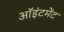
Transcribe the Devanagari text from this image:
ऑइंटमेंट